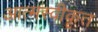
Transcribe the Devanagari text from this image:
आत्‍मस्‍वीकृत